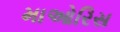
માઓરિસ